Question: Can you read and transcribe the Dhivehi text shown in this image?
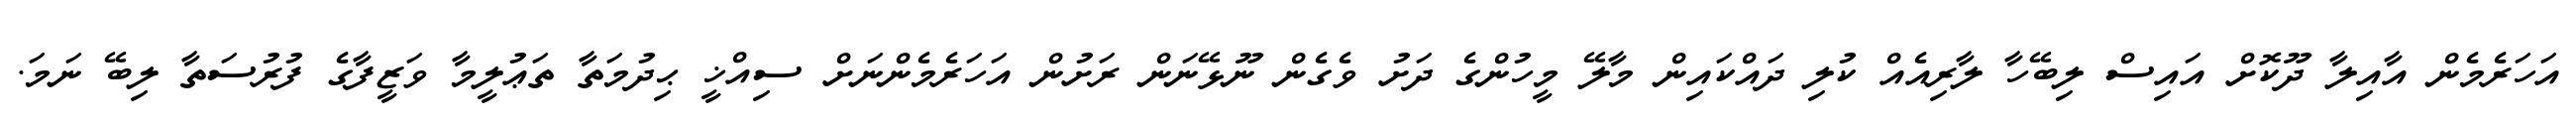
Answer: އަހަރެމެން އާއިލާ ދޫކޮށް އައިސް ލިބޭހާ ލާރިއެއް ކުލި ދައްކައިން މާލޭ މީހުންގެ ދަށު ވެގެން ނޫޅޭނަން ރަށުން އަހަރެމެންނަށް ސިއްޚީ ޙިދުމަތާ ތަޢުލީމާ ވަޒީފާގެ ފުރުސަތާ ލިބޭ ނަމަ.